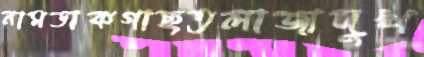
নামডাকগাছতলাজাদুখ